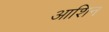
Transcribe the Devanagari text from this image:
आशिन